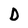
Character: D